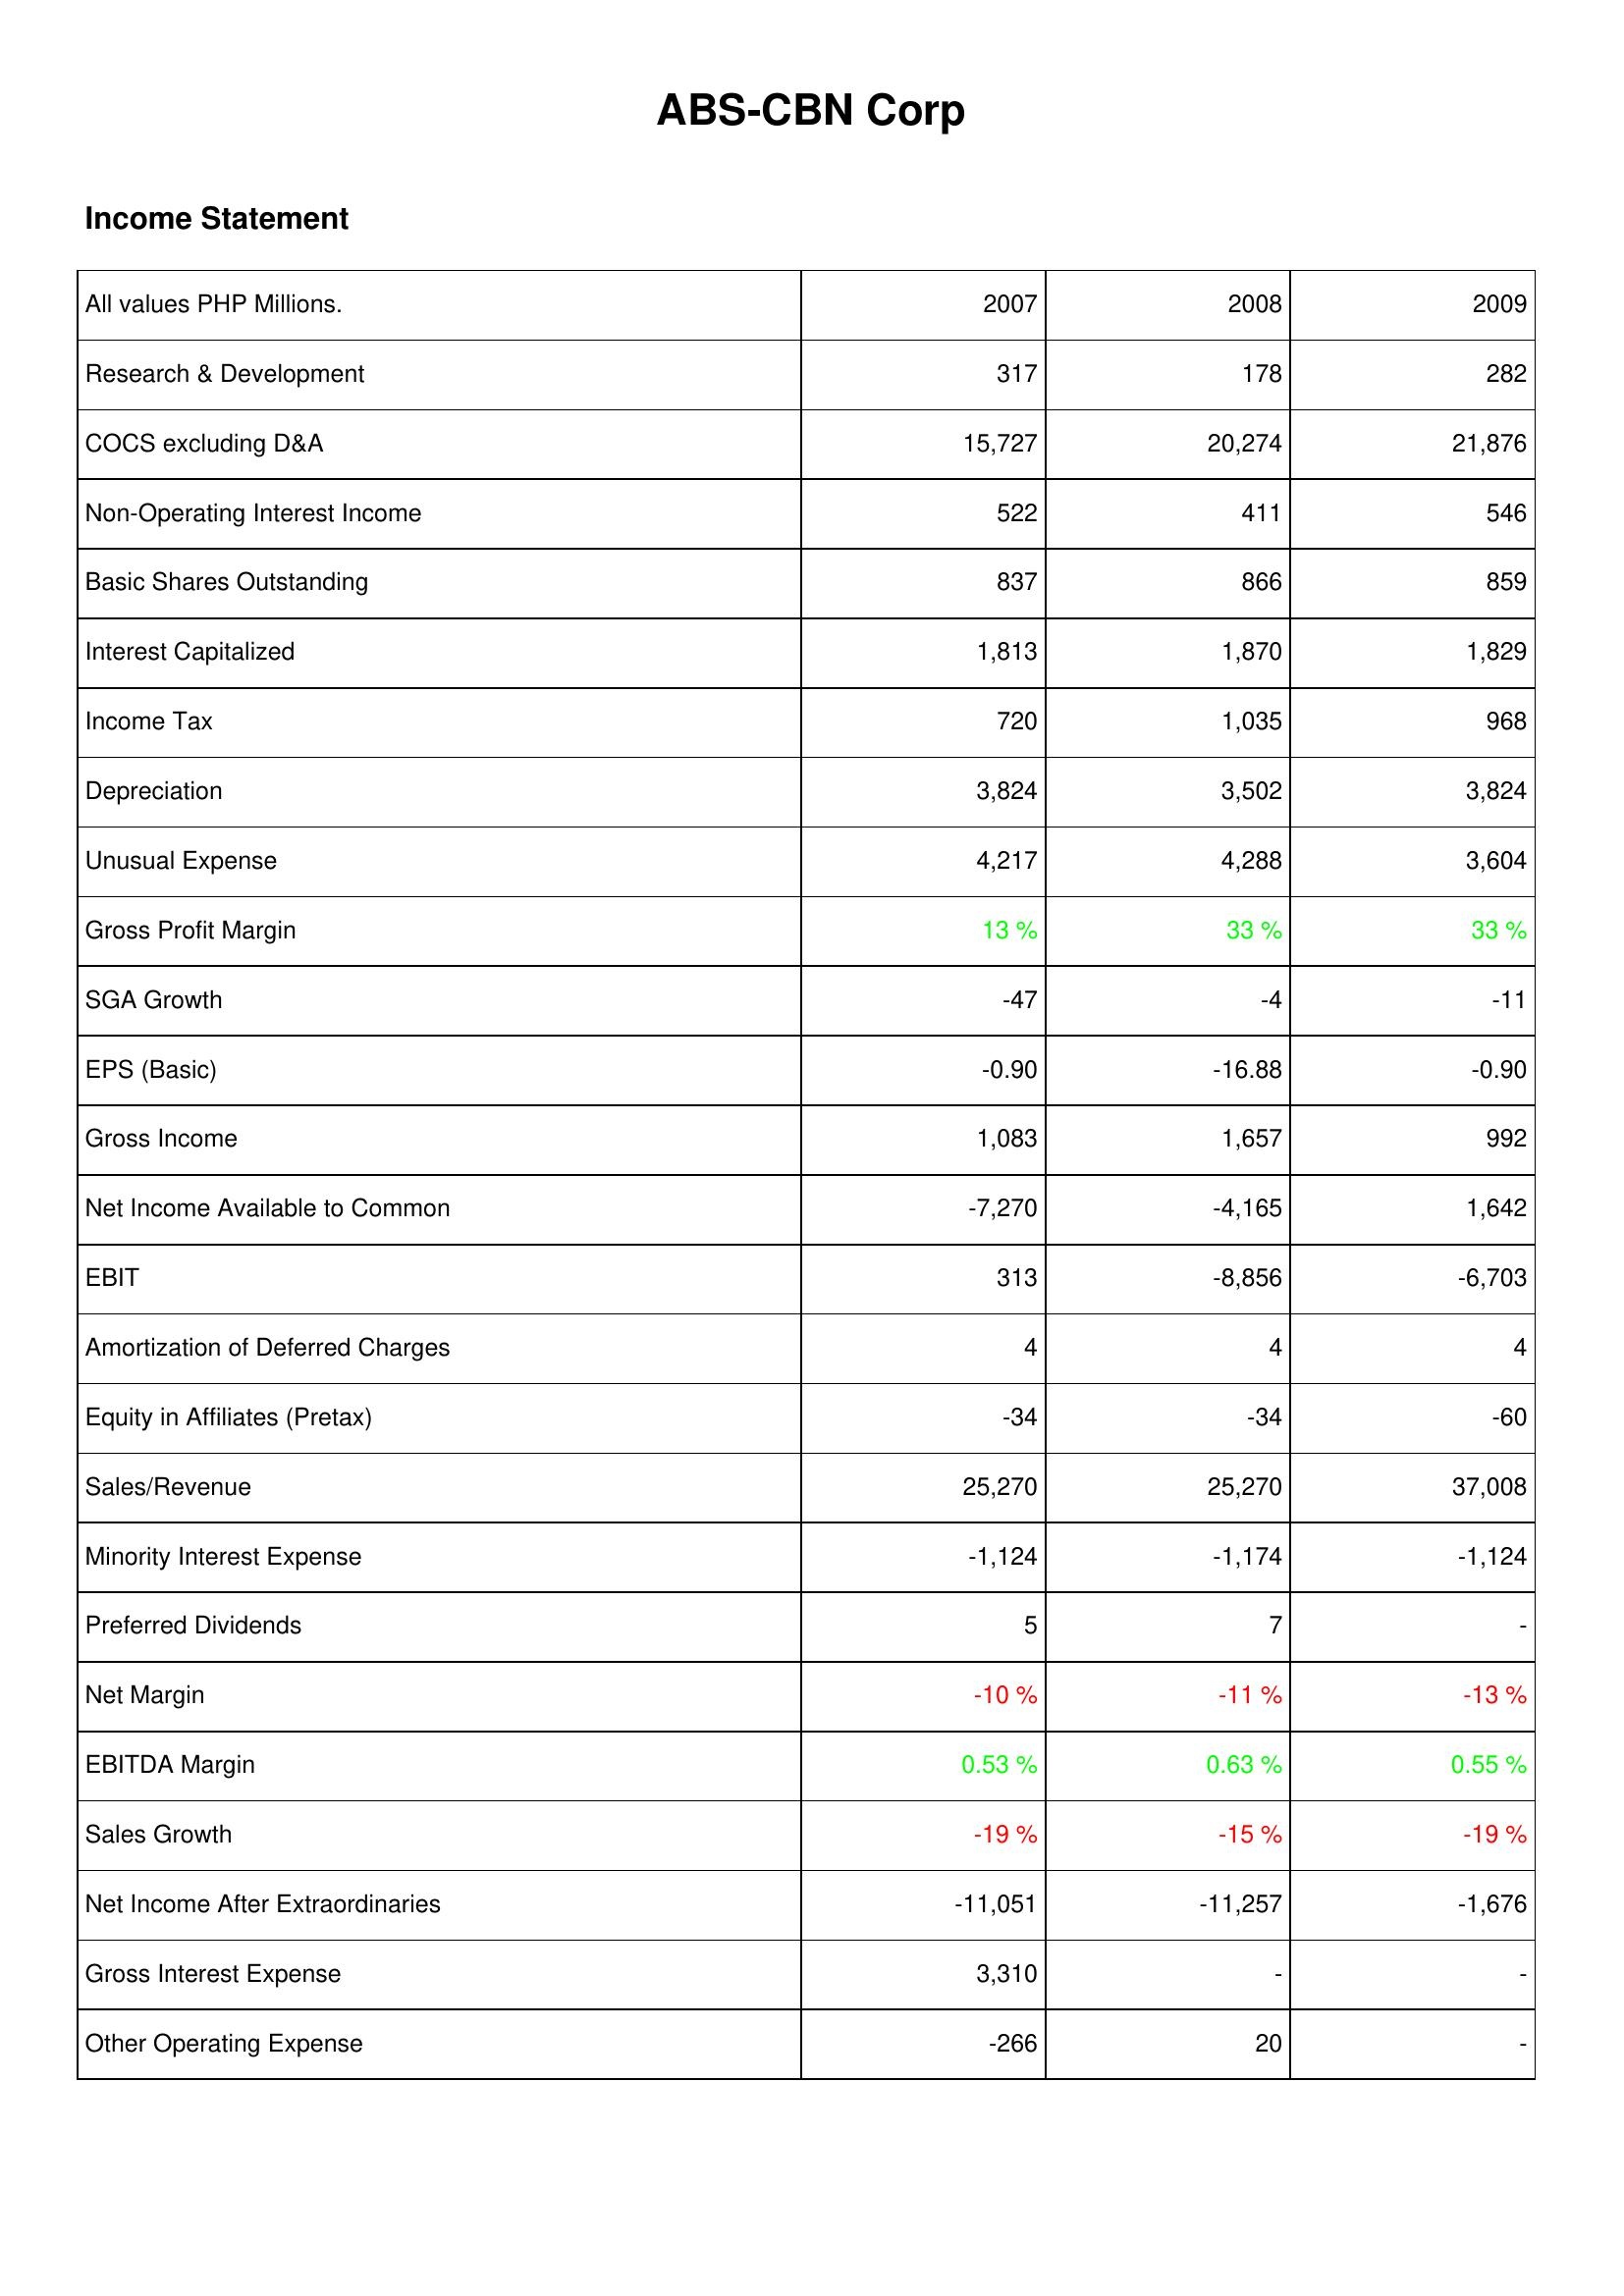
2007: Income Statement: Research & Development: 317
COCS excluding D&A: 15,727
Non-Operating Interest Income: 522
Basic Shares Outstanding: 837
Interest Capitalized: 1,813
Income Tax: 720
Depreciation: 3,824
Unusual Expense: 4,217
Gross Profit Margin: 13 %
SGA Growth: -47
EPS (Basic): -0.90
Gross Income: 1,083
Net Income Available to Common: -7,270
EBIT: 313
Amortization of Deferred Charges: 4
Equity in Affiliates (Pretax): -34
Sales/Revenue: 25,270
Minority Interest Expense: -1,124
Preferred Dividends: 5
Net Margin: -10 %
EBITDA Margin: 0.53 %
Sales Growth: -19 %
Net Income After Extraordinaries: -11,051
Gross Interest Expense: 3,310
Other Operating Expense: -266
2008: Income Statement: Research & Development: 178
COCS excluding D&A: 20,274
Non-Operating Interest Income: 411
Basic Shares Outstanding: 866
Interest Capitalized: 1,870
Income Tax: 1,035
Depreciation: 3,502
Unusual Expense: 4,288
Gross Profit Margin: 33 %
SGA Growth: -4
EPS (Basic): -16.88
Gross Income: 1,657
Net Income Available to Common: -4,165
EBIT: -8,856
Amortization of Deferred Charges: 4
Equity in Affiliates (Pretax): -34
Sales/Revenue: 25,270
Minority Interest Expense: -1,174
Preferred Dividends: 7
Net Margin: -11 %
EBITDA Margin: 0.63 %
Sales Growth: -15 %
Net Income After Extraordinaries: -11,257
Gross Interest Expense: -
Other Operating Expense: 20
2009: Income Statement: Research & Development: 282
COCS excluding D&A: 21,876
Non-Operating Interest Income: 546
Basic Shares Outstanding: 859
Interest Capitalized: 1,829
Income Tax: 968
Depreciation: 3,824
Unusual Expense: 3,604
Gross Profit Margin: 33 %
SGA Growth: -11
EPS (Basic): -0.90
Gross Income: 992
Net Income Available to Common: 1,642
EBIT: -6,703
Amortization of Deferred Charges: 4
Equity in Affiliates (Pretax): -60
Sales/Revenue: 37,008
Minority Interest Expense: -1,124
Preferred Dividends: -
Net Margin: -13 %
EBITDA Margin: 0.55 %
Sales Growth: -19 %
Net Income After Extraordinaries: -1,676
Gross Interest Expense: -
Other Operating Expense: -